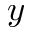
y